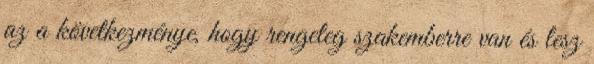
az a következménye, hogy rengeteg szakemberre van és lesz